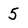
Character: 5